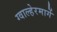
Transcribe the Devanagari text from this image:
ग्वाल्हेरमार्गे